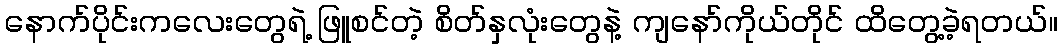
နောက်ပိုင်းကလေးတွေရဲ့ ဖြူစင်တဲ့ စိတ်နှလုံးတွေနဲ့ ကျနော်ကိုယ်တိုင် ထိတွေ့ခဲ့ရတယ်။